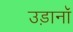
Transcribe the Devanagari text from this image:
उड़ानॉ